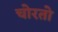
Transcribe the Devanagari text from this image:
चोरतो